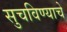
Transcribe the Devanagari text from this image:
सुचविण्याचे